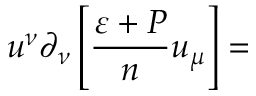
u ^ { \nu } \partial _ { \nu } \left[ \frac { \varepsilon + P } { n } u _ { \mu } \right] =